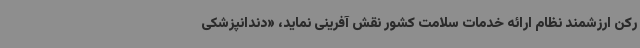
رکن ارزشمند نظام ارائه خدمات سلامت کشور نقش آفرینی نماید، «دندانپزشکی